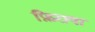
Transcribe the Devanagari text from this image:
फ़िराया